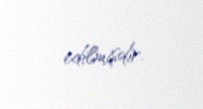
edilmişdir.